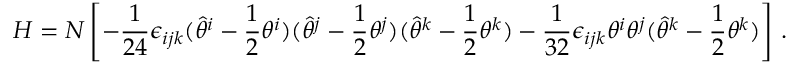
H = N \left[ - \frac { 1 } { 2 4 } \epsilon _ { i j k } ( \hat { \theta } ^ { i } - \frac { 1 } { 2 } \theta ^ { i } ) ( \hat { \theta } ^ { j } - \frac { 1 } { 2 } \theta ^ { j } ) ( \hat { \theta } ^ { k } - \frac { 1 } { 2 } \theta ^ { k } ) - \frac { 1 } { 3 2 } \epsilon _ { i j k } \theta ^ { i } \theta ^ { j } ( \hat { \theta } ^ { k } - \frac { 1 } { 2 } \theta ^ { k } ) \right] \, .